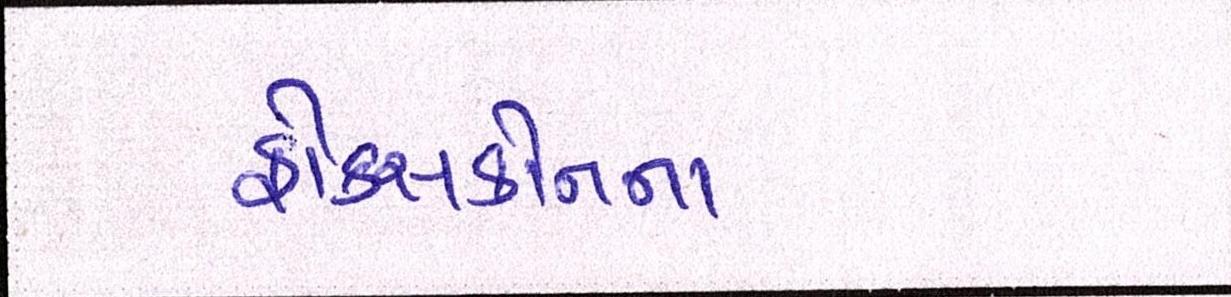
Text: ફોક્સકોનના